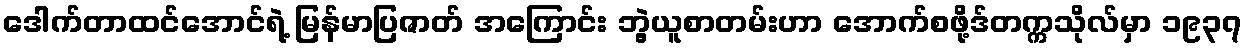
ဒေါက်တာထင်အောင်ရဲ့ မြန်မာပြဇာတ် အကြောင်း ဘွဲ့ယူစာတမ်းဟာ အောက်စဖို့ဒ်တက္ကသိုလ်မှာ ၁၉၃၇